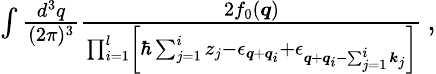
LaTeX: \begin{array}{r}{\int\frac{d^{3}q}{(2\pi)^{3}}\frac{2f_{0}(\boldsymbol{q})}{\prod_{i=1}^{l}\left[\hbar\sum_{j=1}^{i}z_{j}-\epsilon_{\boldsymbol{q}+\boldsymbol{q}_{i}}+\epsilon_{\boldsymbol{q}+\boldsymbol{q}_{i}-\sum_{j=1}^{i}\boldsymbol{k}_{j}}\right]}\, ,}\end{array}